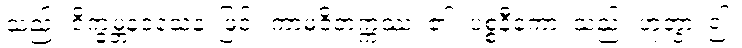
သည်။ ဝိက္ခမ္ဘနဝသေန၊ ဖြင့်။ ကာမဝိတက္ကဿ၊ ၏။ ပစ္စနီကော၊ သည်။ ဟုတွာ၊ ၍။